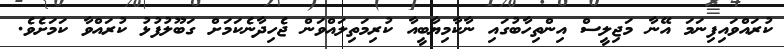
ކުރައްވައިފިނަމަ އޭނާ މަޖިލީސް އިންތިހާބުގައި ނާކާމިޔާބީއާ ކުރިމަތިލައްވަން ޖެހިދާނެކަމަށް ގަބޫލުފުޅު ކުރައްވާ ކަމަށެެވެ.